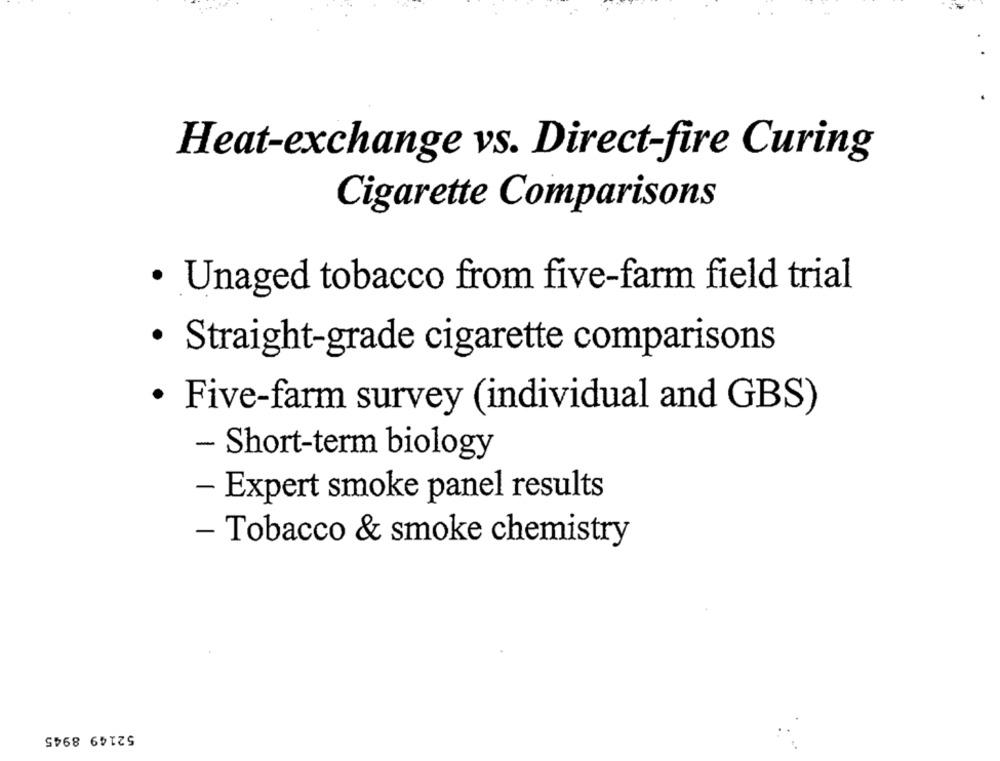
Heat-exchange vs. Direct-fire Curing
Cigarette Comparisons
· Unaged tobacco from five-farm field trial
· Straight-grade cigarette comparisons
· Five-farm survey (individual and GBS)
- Short-term biology
- Expert smoke panel results
- Tobacco & smoke chemistry
52149 8945